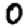
Digit: 0